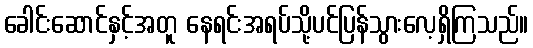
ခေါင်းဆောင်နှင့်အတူ နေရင်းအရပ်သို့ပင်ပြန်သွားလေ့ရှိကြသည်။